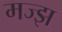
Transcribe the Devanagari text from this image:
मज्झ